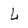
Character: L